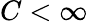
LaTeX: C<\infty